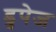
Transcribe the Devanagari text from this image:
डुपेज